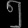
Digit: ၅